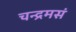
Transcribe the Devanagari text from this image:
चन्द्रमसं